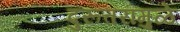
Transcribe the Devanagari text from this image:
दुरूत्तरांमुळे